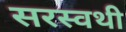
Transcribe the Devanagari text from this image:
सरस्वथी